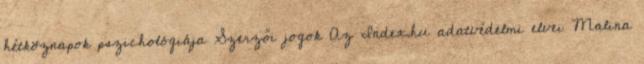
hétköznapok pszichológiája Szerzői jogok Az Index.hu adatvédelmi elvei Malina